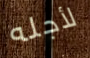
لأجله